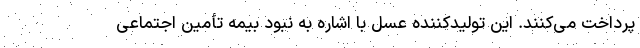
پرداخت می‌کنند. این تولیدکننده عسل با اشاره به نبود بیمه تأمین اجتماعی